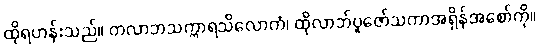
ထိုရဟန်းသည်။ တလာဘသက္ကာရသိလောကံ၊ ထိုလာဘ်ပူဇော်သကာအရှိန်အစော်ကို။